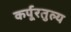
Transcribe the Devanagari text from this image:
कर्पूरतुल्य